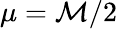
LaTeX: \mu=\mathcal{M}/2